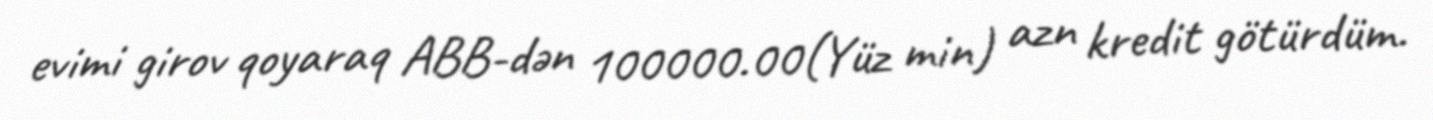
evimi girov qoyaraq ABB-dən 100000.00(Yüz min) azn kredit götürdüm.